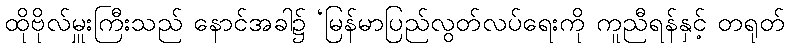
ထိုဗိုလ်မှူးကြီးသည် နောင်အခါ၌ ‘မြန်မာပြည်လွတ်လပ်ရေးကို ကူညီရန်နှင့် တရုတ်